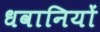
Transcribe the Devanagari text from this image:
धवानियों